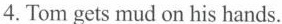
4.Tom gets mud on his hands.